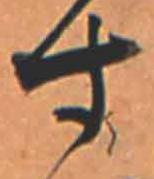
す